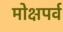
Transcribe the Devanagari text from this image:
मोक्षपर्व